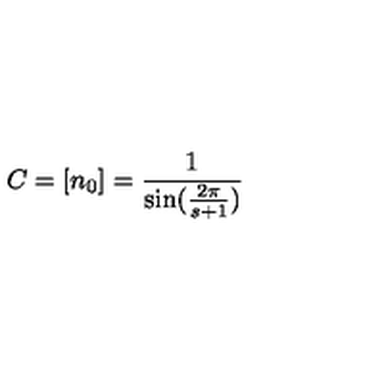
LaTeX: C = [ n _ { 0 } ] = \frac { 1 } { \sin ( \frac { 2 \pi } { s + 1 } ) }